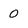
Character: 0